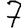
Digit: 7